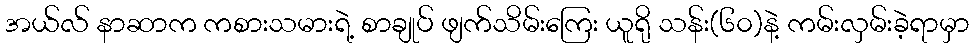
အယ်လ် နာဆာက ကစားသမားရဲ့ စာချုပ် ဖျက်သိမ်းကြေး ယူရို သန်း(၆၀)နဲ့ ကမ်းလှမ်းခဲ့ရာမှာ